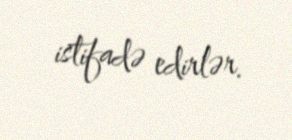
istifadə edirlər.